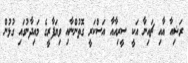
ރަޝިއާ އާއި ޗައިނާ އަކީ ސީރިއާއާ އަސްކަރީ ގޮތުންނާއި ވިޔަފާރީގެ މައިދާނުގައި ގުޅުން